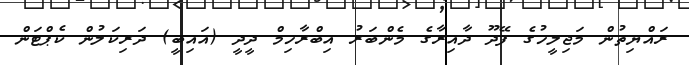
ރައްޔިތުން މަޖިލީހުގެ ފޭދޫ ދާއިރާގެ މެންބަރު އިބްރާހިމް ދީދީ (އައިބީ) ދަރިކަލުން ކެޕްޓަން